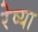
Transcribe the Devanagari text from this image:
रेष्या